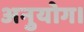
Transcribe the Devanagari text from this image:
अनुयोग।